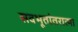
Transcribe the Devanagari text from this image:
सवभूतांतरात्मा